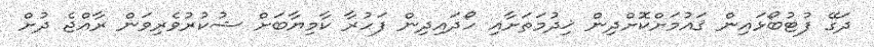
ދަގޭ ފުޓުބޯޅައިން ޤައުމަށްކޮށްދިން ޚިދުމަތަށާއި ހޯދައިދިން ފަހުރާ ކާމިޔާބަށް ޝުކުރުވެރިވަން ރާއްޖެ ދުށް